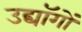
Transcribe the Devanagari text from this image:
उद्यॉगों